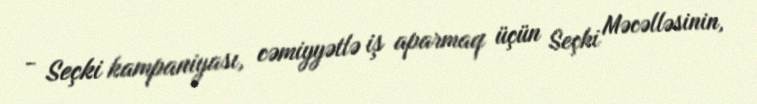
- Seçki kampaniyası, cəmiyyətlə iş aparmaq üçün Seçki Məcəlləsinin,